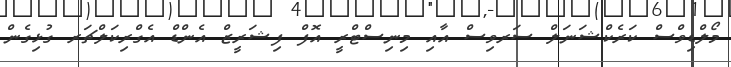
މޯލްޑިވްސް ކަރެކްޝަނަލް ސަރވިސް އާއި މިނިސްޓްރީ އޮފް ފިޝަރީޒް އެންޑް އެގްރިކަލްޗަރ ގުޅިގެން